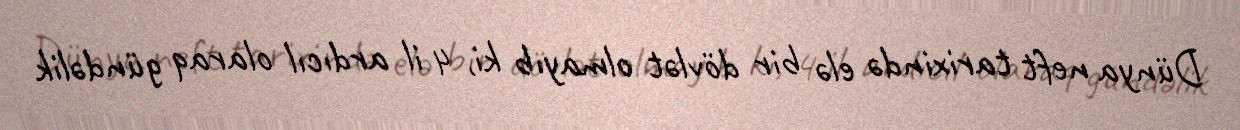
Dünya neft tarixində elə bir dövlət olmayıb ki, 4 il ardıcıl olaraq gündəlik